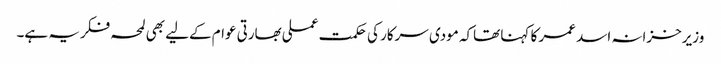
وزیرخزانہ اسد عمر کا کہنا تھاکہ مودی سرکار کی حکمت عملی بھارتی عوام کےلیے بھی لمحہ فکریہ ہے۔